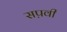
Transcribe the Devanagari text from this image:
सप़वी